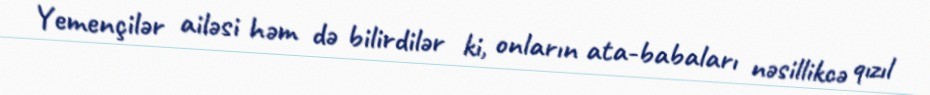
Yemençilər ailəsi həm də bilirdilər ki, onların ata-babaları nəsillikcə qızıl